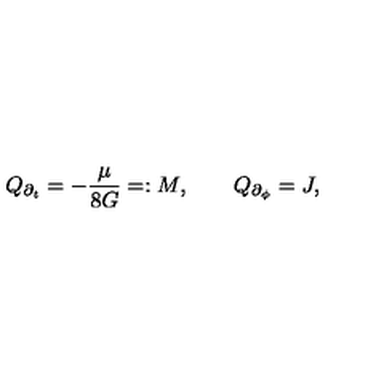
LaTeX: Q _ { \partial _ { t } } = - \frac { \mu } { 8 G } = : M , \qquad Q _ { \partial _ { \phi } } = J ,